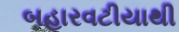
બહારવટીયાથી